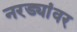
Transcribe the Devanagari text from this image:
नरड्यांवर